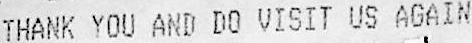
THANK YOU AND DO VISIT US AGAIN